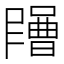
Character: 𡂶